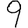
Digit: 9